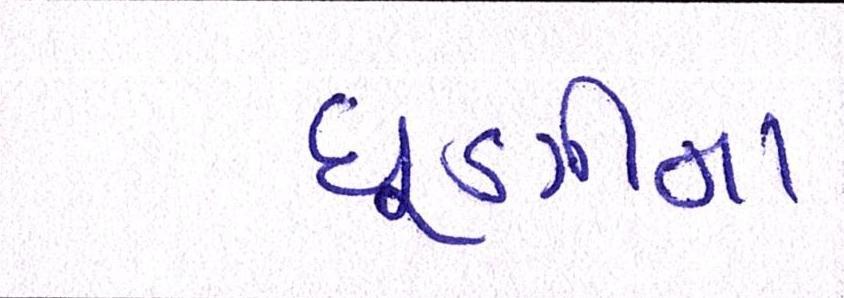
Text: ધૂણીના